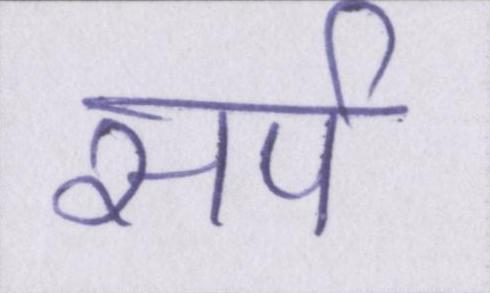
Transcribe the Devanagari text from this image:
सर्प